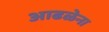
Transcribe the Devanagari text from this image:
आढळेना